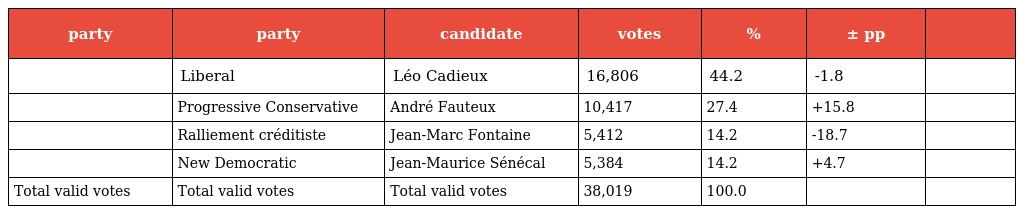
| party | party | candidate | votes | % | ± pp |  |
 | --- | --- | --- | --- | --- | --- | --- |
 |  | Liberal | Léo Cadieux | 16,806 | 44.2 | -1.8 |  |
 |  | Progressive Conservative | André Fauteux | 10,417 | 27.4 | +15.8 |  |
 |  | Ralliement créditiste | Jean-Marc Fontaine | 5,412 | 14.2 | -18.7 |  |
 |  | New Democratic | Jean-Maurice Sénécal | 5,384 | 14.2 | +4.7 |  |
 | Total valid votes | Total valid votes | Total valid votes | 38,019 | 100.0 |  |  |